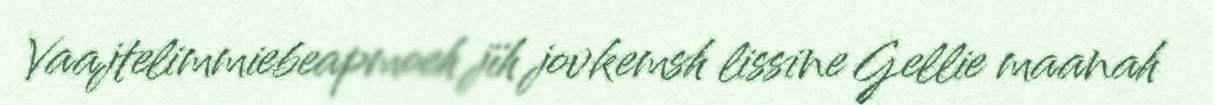
Vaajtelimmiebeapmoeh jïh jovkemsh lissine Gellie maanah